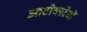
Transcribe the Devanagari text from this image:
आटोक्लेवों